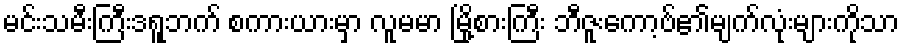
မင်းသမီးကြီးဒရူဘက် စကားယားမှာ လူမမာ မြို့စားကြီး ဘီဇူးကော့ဗ်၏မျက်လုံးများကိုသာ